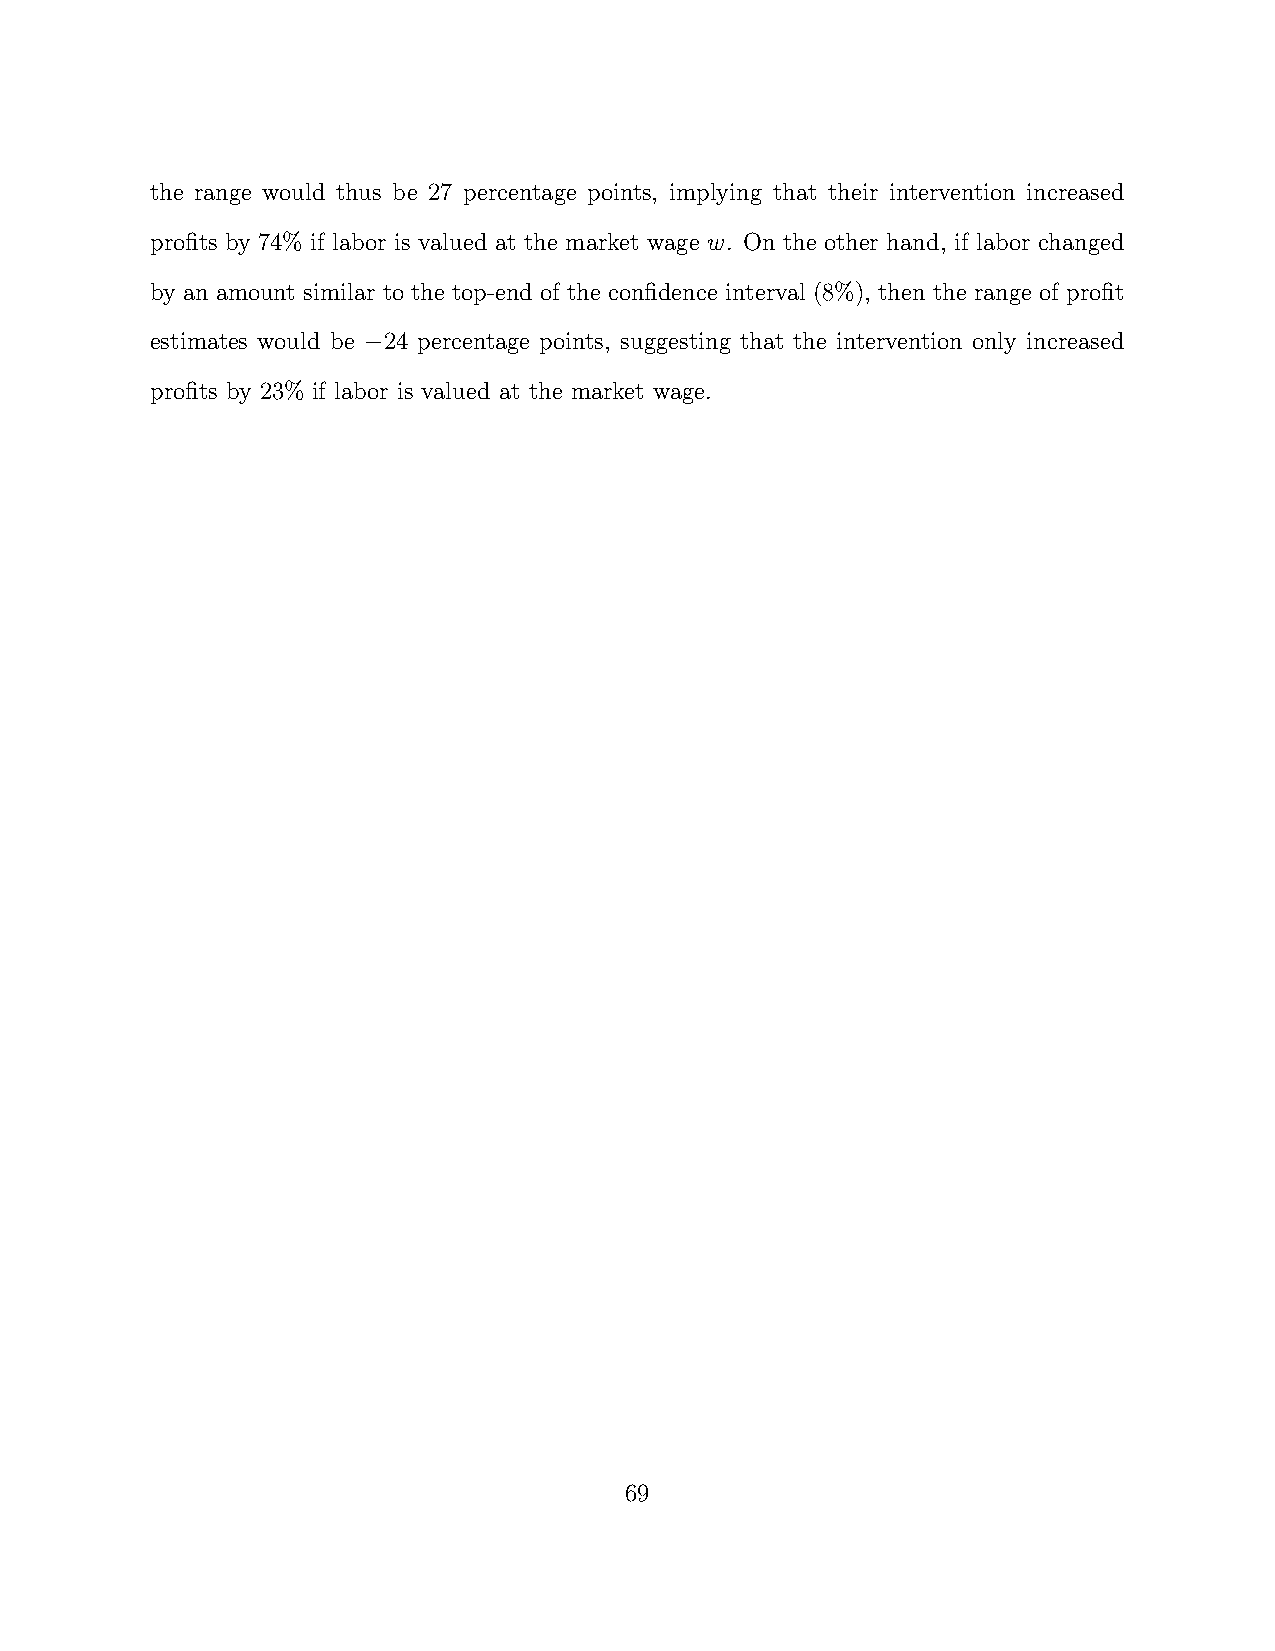
the range would thus be 27 percentage points, implying that their intervention increased
 profits by 74% if labor is valued at the market wage w. On the other hand, if labor changed
 by an amount similar to the top-end of the confidence interval (8%), then the range of profit
 estimates would be −24 percentage points, suggesting that the intervention only increased
 profits by 23% if labor is valued at the market wage.
 69